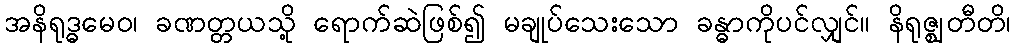
အနိရုဒ္ဓမေဝ၊ ခဏတ္တယသို့ ရောက်ဆဲဖြစ်၍ မချုပ်သေးသော ခန္ဓာကိုပင်လျှင်။ နိရုဇ္ဈတီတိ၊